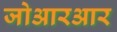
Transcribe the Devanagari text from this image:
जोआरआर